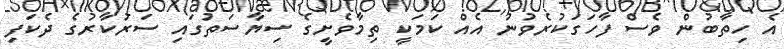
އެ ހިތާބުން ވެސް ފާހަގަކުރެވުނު އެއް ކަމަކީ ތިމާވެށީގެ ސިޔާސަތުގައި ސަރުކާރުގެ ދެކަފި